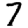
Digit: 7